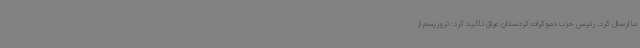
ما ارسال کرد. رئیس حزب دموکرات کردستان عراق تاکید کرد: تروریسم از